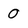
Character: 0